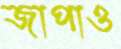
জাপাও